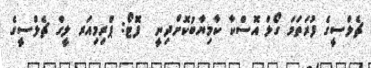
ޗެލްސީގެ ފުރަތަމަ ގޯލް އޮސްކާ ކާމިޔާބުކޮށްދިނީ  ފޮޓޯ: ޕްރިމިއަރ ލީގް ޗެލްސީގެ